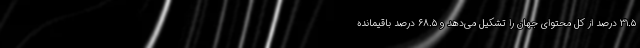
۳۱.۵ درصد از کل محتوای جهان را تشکیل می‌دهد و ۶۸.۵ درصد باقیمانده